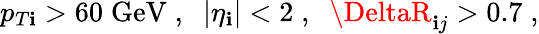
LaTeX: p_{T\mathbf{i}}>60\; \mathrm{{GeV}}\; ,\; \; |\eta_{\mathbf{i}}|<2\; ,\; \; \DeltaR_{\mathbf{i}j}>0.7\; ,